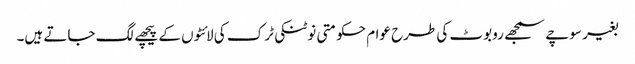
بغیر سوچے سمجھے روبوٹ کی طرح عوام حکومتی نوٹنکی ٹرک کی لائٹوں کے پیچھے لگ جاتے ہیں۔